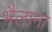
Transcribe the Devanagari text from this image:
भैलाना